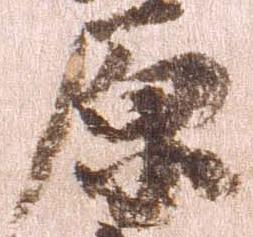
原